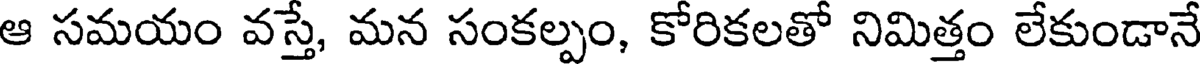
ఆ సమయం వస్తే, మన సంకల్పం, కోరికలతో నిమిత్తం లేకుండానే